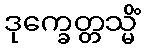
ဒုက္ခေတ္တသ္မိံ